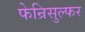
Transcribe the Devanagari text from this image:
फेन्रिसुल्फर